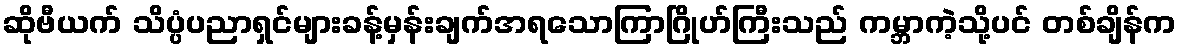
ဆိုဗီယက် သိပ္ပံပညာရှင်များခန့်မှန်းချက်အရသောကြာဂြိုဟ်ကြီးသည် ကမ္ဘာကဲ့သို့ပင် တစ်ချိန်က